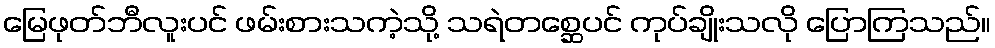
မြေဖုတ်ဘီလူးပင် ဖမ်းစားသကဲ့သို့ သရဲတစ္ဆေပင် ကုပ်ချိုးသလို ပြောကြသည်။